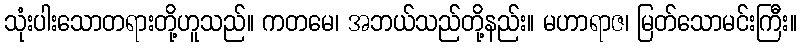
သုံးပါးသောတရားတို့ဟူသည်။ ကတမေ၊ အဘယ်သည်တို့နည်း။ မဟာရာဇ၊ မြတ်သောမင်းကြီး။